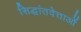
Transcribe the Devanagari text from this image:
सिद्धांतवेत्ताओं